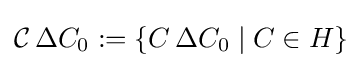
{\mathcal {C}}\,\Delta C_{0}:=\{C\,\Delta C_{0}\mid C\in H\}